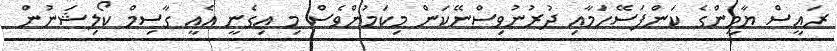
ރައީސް ޔާމީންގެ ކަންފަސޭހަމާއި ދުރުނުވިސްނޭކަން މިކަމުންވެސް މި އިގެނީ އެއީ ގާސިމް ކޯލިޝަނުން